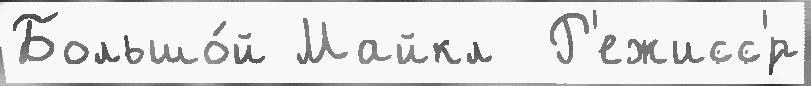
Большо́й Майкл  Р'ежисс'́р